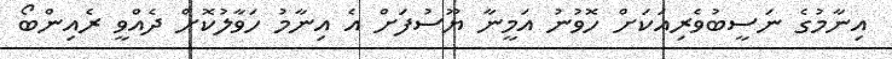
އިނާމުގެ ނަސީބުވެރިއަކަށް ހޮވުނު އަމީނާ ޔޫސުފަށް އެ އިނާމު ހަވާލުކޮށް ދެއްވީ ރެއިންބޯ